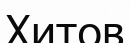
Хитов